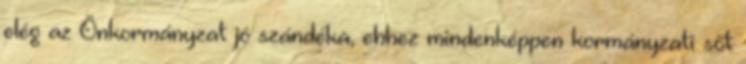
elég az Önkormányzat jó szándéka, ehhez mindenképpen kormányzati sőt